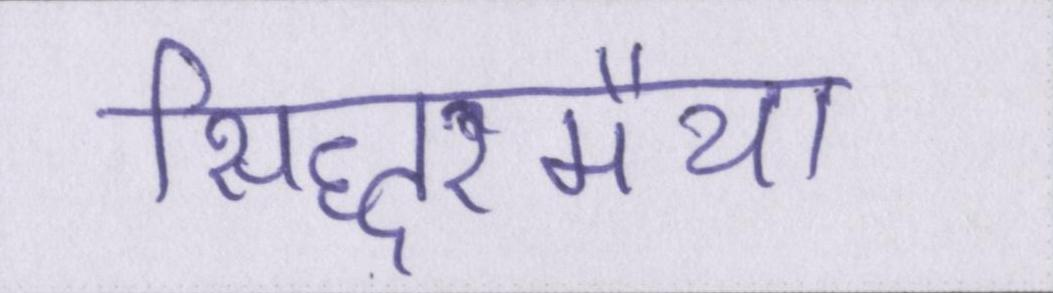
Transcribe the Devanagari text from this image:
सिद्धरमैया